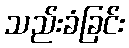
သည်းခံခြင်း